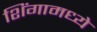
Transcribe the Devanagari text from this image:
शिंगामध्ये